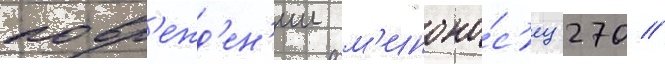
повр'ежд'ен'ии м'иноно́с'ец 270 //